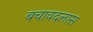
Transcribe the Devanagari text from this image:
बचावदलास